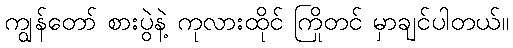
ကျွန်တော် စားပွဲနဲ့ ကုလားထိုင် ကြိုတင် မှာချင်ပါတယ်။